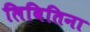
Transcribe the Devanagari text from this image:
लिबितिना